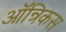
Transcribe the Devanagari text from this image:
ऑन्रिकस